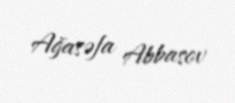
Ağasəfa Abbasov